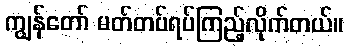
ကျွန်တော် မတ်တပ်ရပ်ကြည့်လိုက်တယ်။